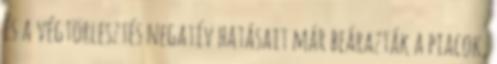
és a végtörlesztés negatív hatásait már beárazták a piacok,